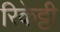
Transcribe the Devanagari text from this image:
रिकेट्टी